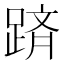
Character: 𨂋